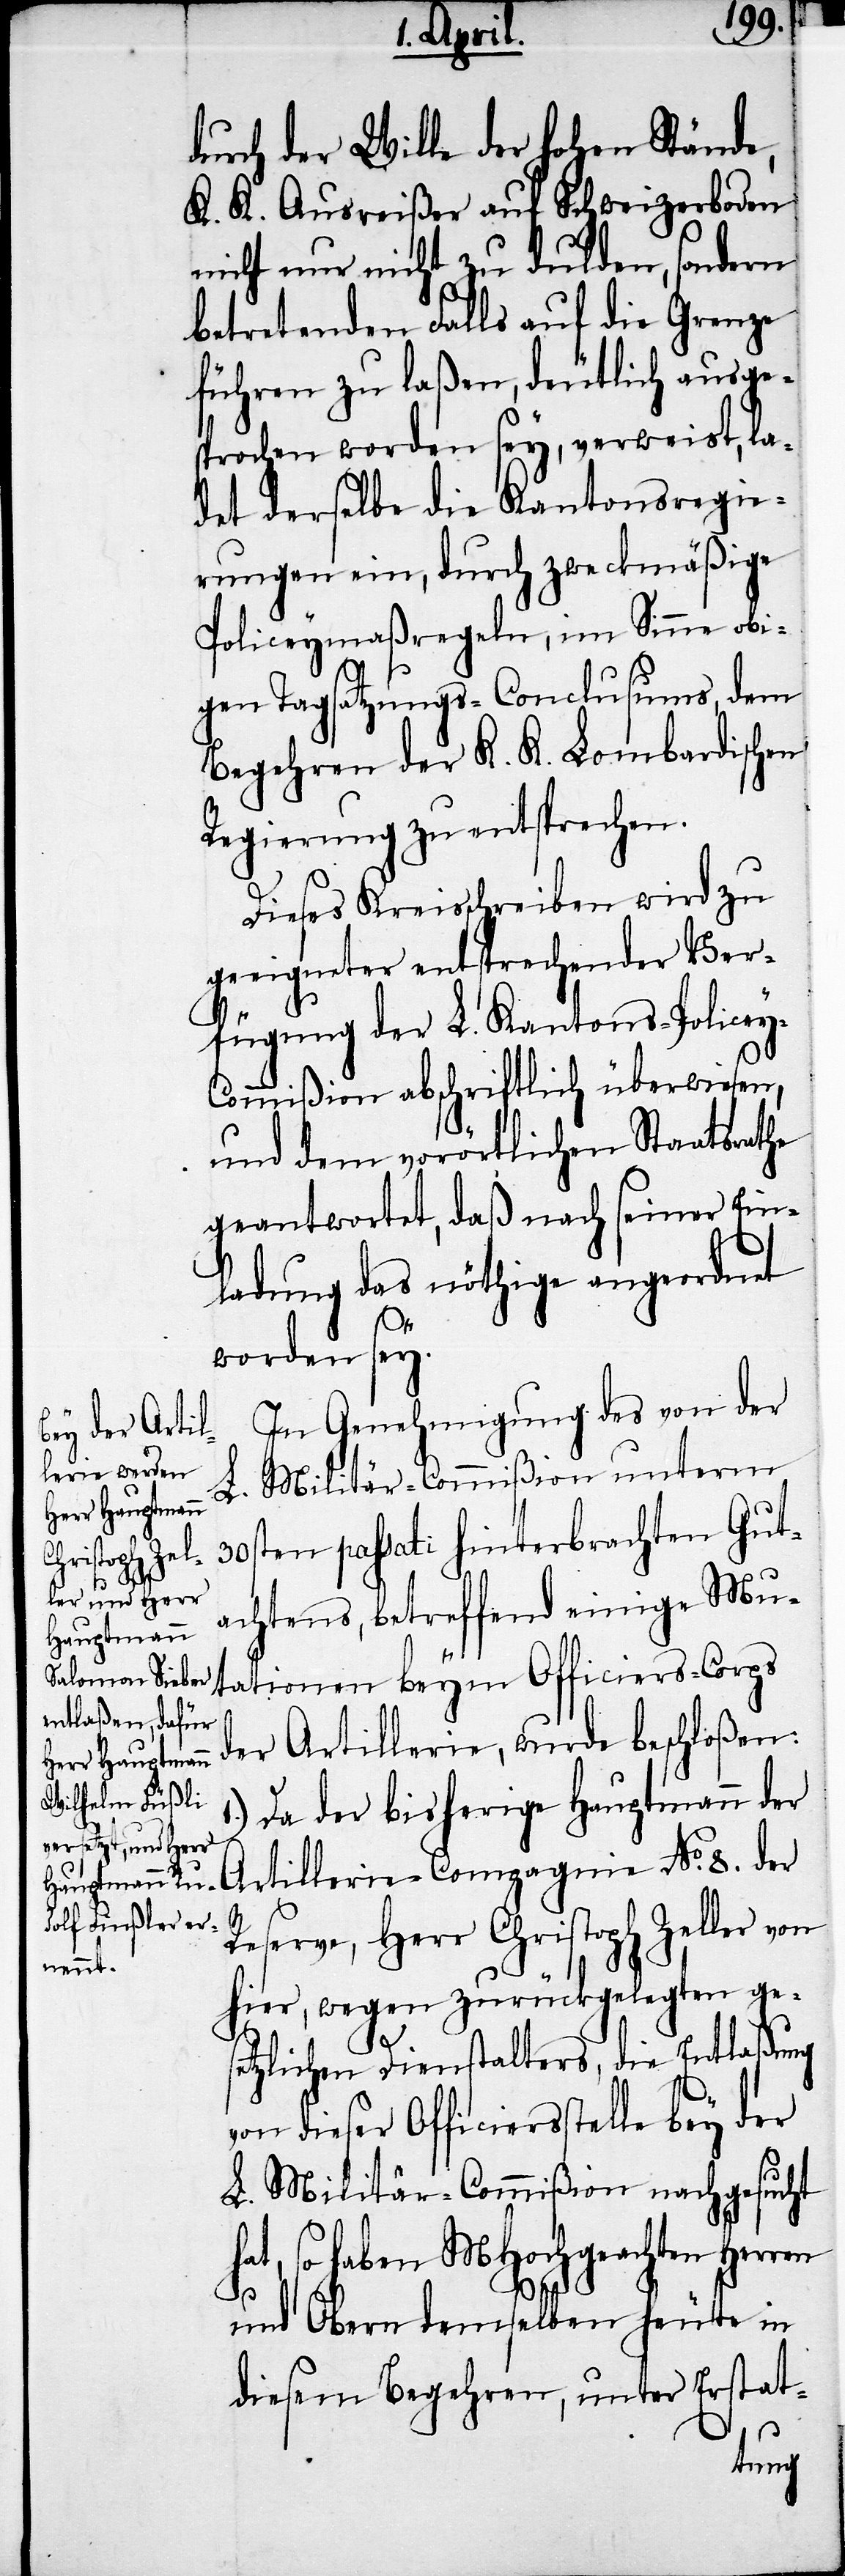
durch der Wille der hohen Stände,
K. K. Ausreißer auf Schweizerboden
nicht nur nicht zu dulden, sondern
betretenden Falls auf die Grenze
führen zu laßen, deutlich ausges¬
prochen worden sey, verweist, la¬
det derselbe die Kantonsregie¬
rungen ein, durch zweckmäßige
Policeymaßregeln, im Sinne obi¬
gen Tagsatzungs-Conclusums, dem
Begehren der K. K. Lombardischen
Regierung zu entsprechen.
Dieses Kreisschreiben wird zu
geeigneter entsprechender Ver¬
fügung der L. Kantons-Policey-C¬
ommißion abschriftlich überwiesen,
und dem vorörtlichen Staatsrathe
geantwortet, daß nach seiner Ein¬
ladung das nöthige angeordnet
worden sey.
In Genehmigung des von der
Militär-Commißion unterm
L.
30sten passati hinterbrachten Gut¬
achtens, betreffend einige Mu¬
tationen beym Officiers-Corps
der Artillerie, wurde beschloßen:
Da der bisherige Hauptmann der
Artillerie-Compagnie No. 8. der
Reserve, Herr Christoph Zeller von
hier, wegen zurückgelegten ge¬
s¬
etzlichen Dienstalters, die Entlaßung
von dieser Officiersstelle bey der
L. Militär-Commißion nachgesucht
so haben MHochgeachten
und Obern demselben heute in
diesem Begehren, unter Erstat-